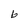
Character: b